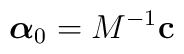
\hbox{\boldmath$\alpha$} _{0}=M^{-1}{\bf c}